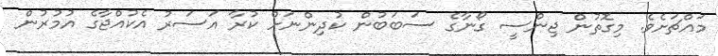
މައްޗަށެވެ. މިގޮތުން ޖިންސީ ގޯނާގެ ސަބަބުން ކުދިންނަށް ކުރާ އަސަރު އެކުއްޖާގެ އުމުރުން